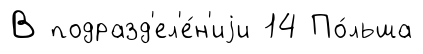
В подразд'ел'е́н'иjи 14 По́льша